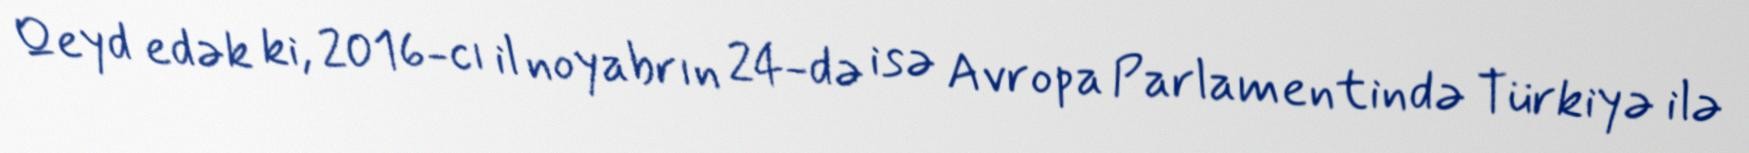
Qeyd edək ki, 2016-cı il noyabrın 24-də isə Avropa Parlamentində Türkiyə ilə